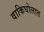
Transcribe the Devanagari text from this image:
वाकिघोलात